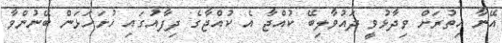
އޭނާ އިތުރަށް ވިދާޅުވީ ދައުވާލިބޭ ކުއްޖާ އެ ކުއްޖާގެ ދިފާއުގައި ހުށަހަޅަން ބޭނުންވާ